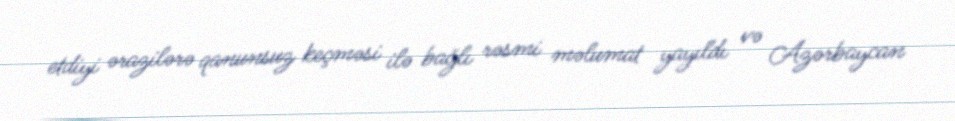
etdiyi ərazilərə qanunsuz keçməsi ilə bağlı rəsmi məlumat yayıldı və Azərbaycan